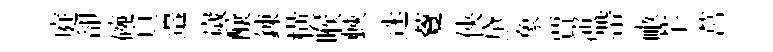
庭卻碗頁邉嵗醸錬横喉蛺迷藑俠黛象賈演帶畞芋莒